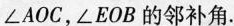
∠AOC，∠EOB的邻补角.